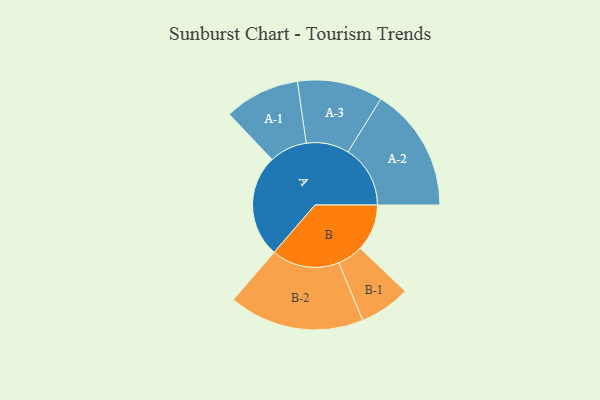
{"axis": {"x": "Segment", "y": "Value"}, "legend": ["", "A", "B"], "data": [{"x": "A", "y": 410, "type": ""}, {"x": "B", "y": 187, "type": ""}, {"x": "A-1", "y": 151, "type": "A"}, {"x": "A-2", "y": 249, "type": "A"}, {"x": "A-3", "y": 171, "type": "A"}, {"x": "B-1", "y": 102, "type": "B"}, {"x": "B-2", "y": 271, "type": "B"}]}